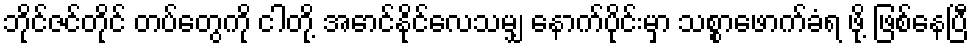
ဘိုင်ဇင်တိုင် တပ်တွေကို ငါတို့ အောင်နိုင်လေသမျှ နောက်ပိုင်းမှာ သစ္စာဖောက်ခံရ ဖို့ ဖြစ်နေပြီ